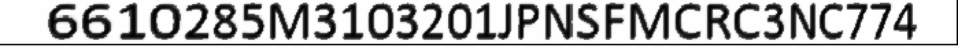
6610285M3103201JPNSFMCRC3NC774